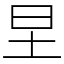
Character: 圼